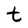
Character: t